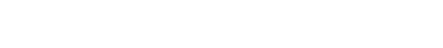
ဟာသညီနောင်အဖြစ်ပရိသတ်တွေကြားမှာထင်ရှားခဲ့တဲ့လူရွှင်တော်တွေဖြစ်ပါတယ်။